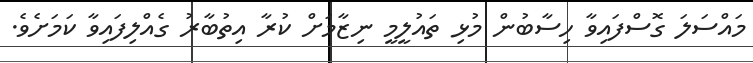
މައްސަލަ ގޮސްފައިވާ ހިސާބުން މުޅި ތައުލީމީ ނިޒާމަށް ކުރާ އިތުބާރު ގެއްލިފައިވާ ކަމަށެވެ.